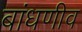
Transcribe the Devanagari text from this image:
बांधणीव